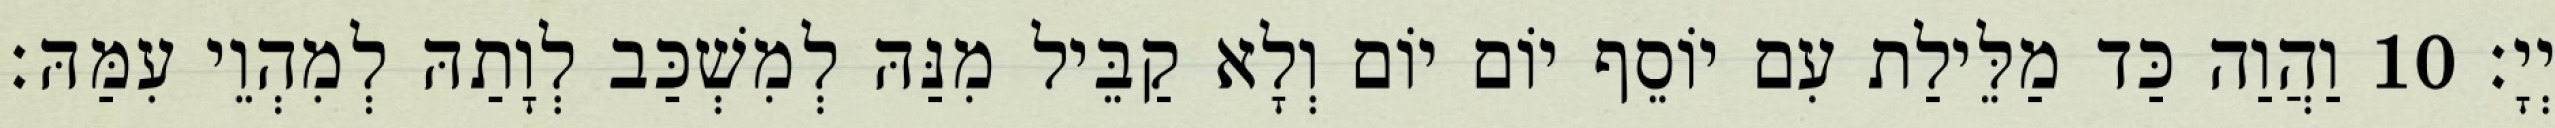
יְיָ׃ 10 וַהֲוַה כַּד מַלֵּילַת עִם יוֹסֵף יוֹם יוֹם וְלָא קַבֵּיל מִנַּהּ לְמִשְׁכַּב לְוָתַהּ לְמִהְוֵי עִמַּהּ׃